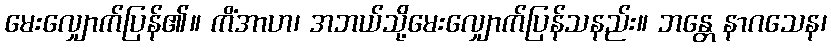
မေးလျှောက်ပြန်၏။ ကိံအာဟ၊ အဘယ်သို့မေးလျှောက်ပြန်သနည်း။ ဘန္တေ နာဂသေန၊